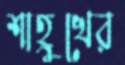
শাহ্রুখের